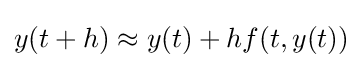
y(t+h)\approx y(t)+hf(t,y(t))